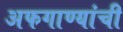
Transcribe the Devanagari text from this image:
अफगाण्यांची